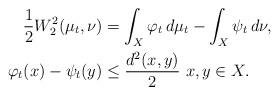
LaTeX: \begin{align*}\frac{1}{2} W_2^2(\mu_t,\nu)&= \int_X \varphi_t \,d\mu_t -\int_X \psi_t \,d\nu, \\\varphi_t(x) -\psi_t(y) &\le \frac{d^2(x,y)}{2} \ x,y \in X.\end{align*}